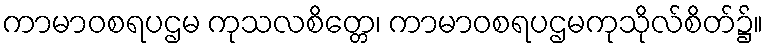
ကာမာဝစရပဌမ ကုသလစိတ္တေ၊ ကာမာဝစရပဌမကုသိုလ်စိတ်၌။